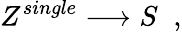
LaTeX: Z^{single}\longrightarrow S\; \; ,